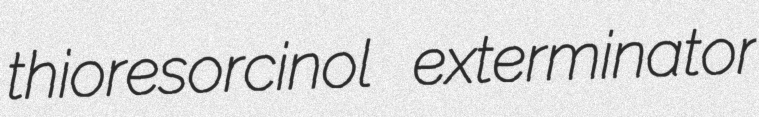
thioresorcinol exterminator